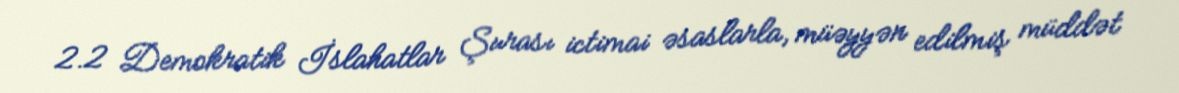
2.2 Demokratik İslahatlar Şurası ictimai əsaslarla, müəyyən edilmiş müddət